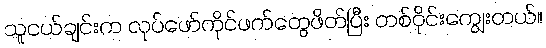
သူငယ်ချင်းက လုပ်ဖော်ကိုင်ဖက်တွေဖိတ်ပြီး တစ်ဝိုင်းကျွေးတယ်။